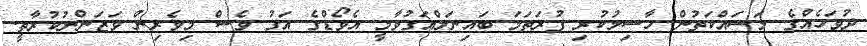
ދުވަހެއްގެ މަސައްކަތުން ހާސިލުކުރި ފުރަތަމަ ބައިނަލްއަގުވާމީ އެވޯޑްގެ އަގު ވެސް މިވެރިން ވަޒަންނުކުރާތީ.